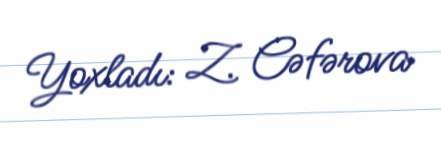
Yoxladı: Z. Cəfərova